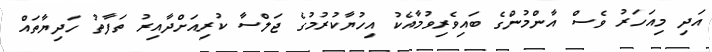
އަދި މިއަހަރު ވެސް އާންމުންގެ ބައިވެރިވުމާއެކު އިހުޔާކުރުމުގެ ޖަލްސާ ކުރިއަށްދާއިރު ތަފާތު ހަދިޔާތައް